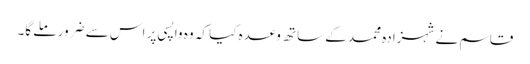
قاسم نے شہزادہ محمد کے ساتھ وعدہ کیا کہ وہ واپسی پر اس سے ضرور ملے گا۔